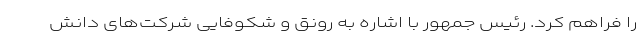
را فراهم کرد. رئیس جمهور با اشاره به رونق و شکوفایی شرکت‌های دانش